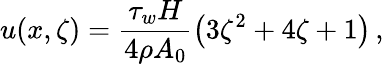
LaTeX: u(x,\zeta)=\frac{\tau_{w}H}{4\rho A_{0}}\left(3\zeta^{2}+4\zeta+1\right)\, ,